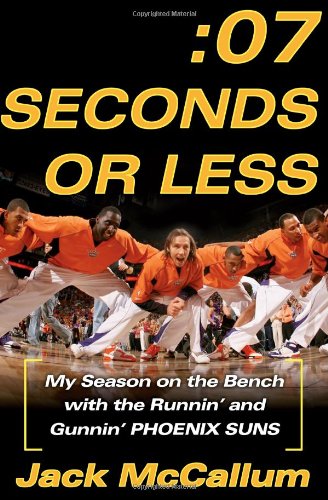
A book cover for Seven Seconds or Less: My Season on the Bench with the Runnin' and Gunnin' Phoenix Suns; Jack McCallum; Sports & Outdoors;